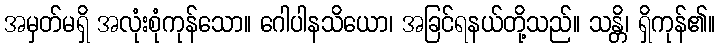
အမှတ်မရှိ အလုံးစုံကုန်သော။ ဂေါပါနသိယော၊ အခြင်ရနယ်တို့သည်။ သန္တိ၊ ရှိကုန်၏။